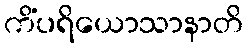
ကိံပရိယောသာနာတိ